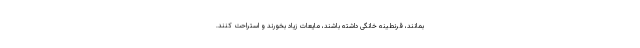
بمانند، قرنطینه خانگی داشته باشند، مایعات زیاد بخورند و استراحت کنند.